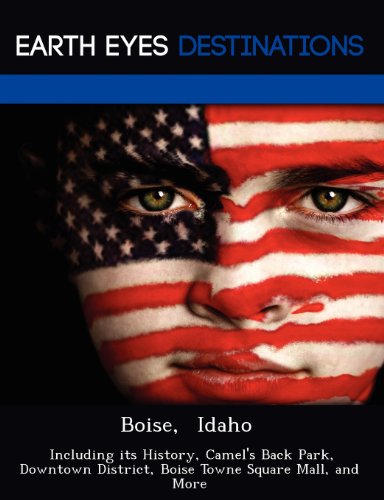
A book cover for Boise,  Idaho: Including its History, Camel's Back Park, Downtown District, Boise Towne Square Mall, and More; Danielle Brown; Travel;